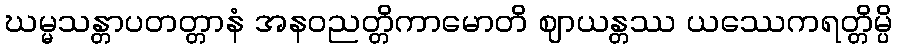
ဃမ္မသန္တာပတတ္တာနံ အနဝညတ္တိကာမောတိ ဈာယန္တဿ ယဿေကရတ္တိမ္ပိ